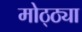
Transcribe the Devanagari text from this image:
मोठ्ठ्या